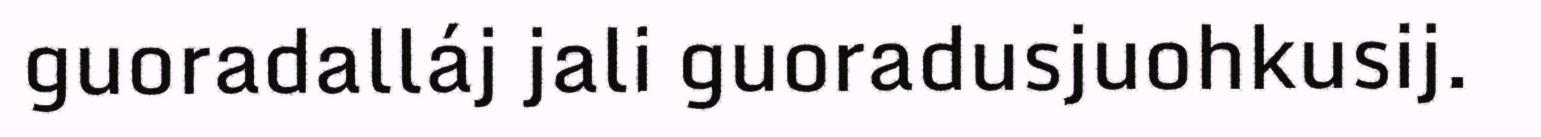
guoradalláj jali guoradusjuohkusij.